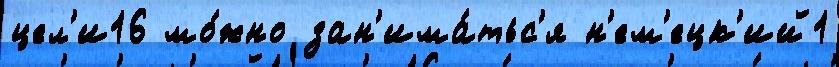
цел'и16 мо́жно зан'има́тьс'я н'ем'ецк'ий1